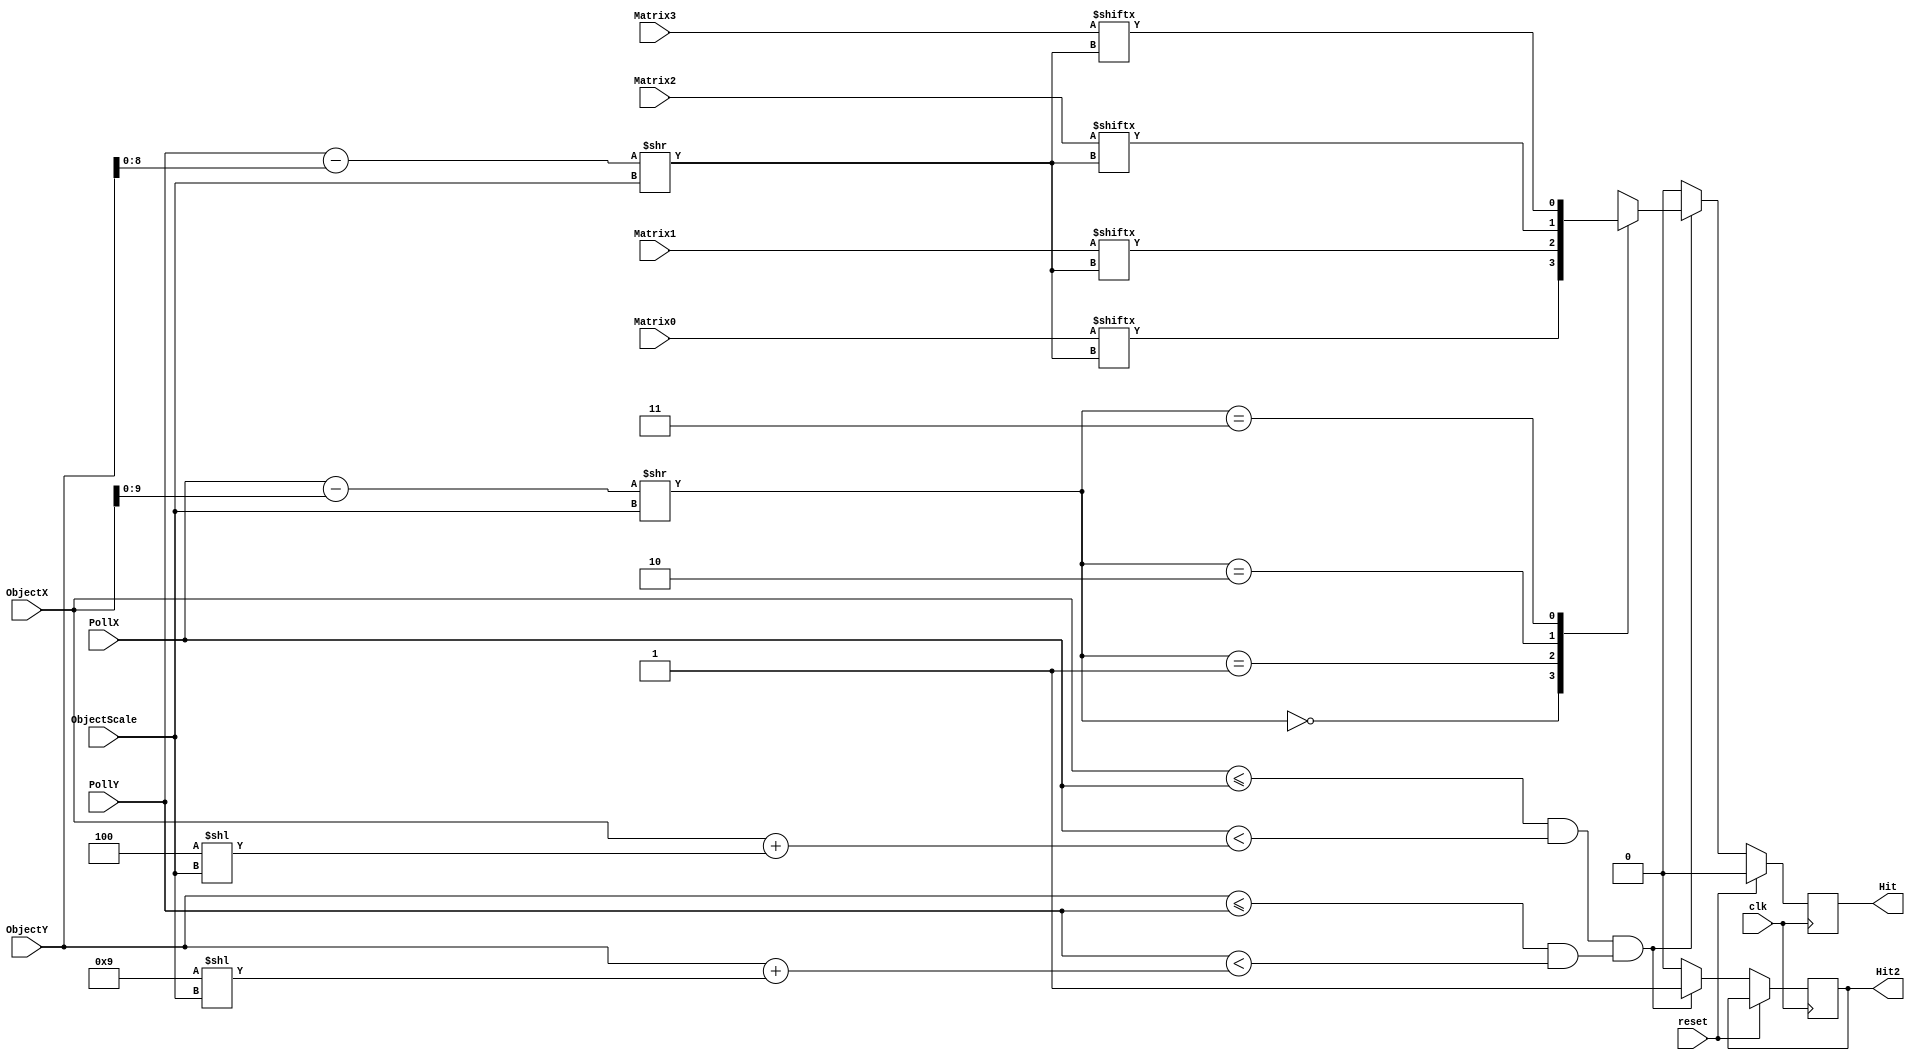
//////////////////////////////////////////////////////////////////////////////////
// Description: 
//		Generates a PWM signal based on switch inputs.
//
// Revision: 		1.0
// Additional Comments: 
//
//////////////////////////////////////////////////////////////////////////////////

`timescale 1ns / 1ps

module display_matrix (
	input clk,
	input reset,
	//input sys_clk,
	input [10:0] ObjectX,		//Object's origin X Coordinate
	input [9:0] ObjectY,		//Object's origin Y Coordinate
	input [3:0] ObjectScale,		//Object's scale factor in powers of 2
	
	input [8:0] Matrix0,	//The 4x9 matrix to display
	input [8:0] Matrix1,
	input [8:0] Matrix2,
	input [8:0] Matrix3,
	
	input [9:0] PollX,			//Position to Poll X Coordinate
	input [8:0] PollY,			//Position to Poll Y Coordinate
	
	output Hit,					//If HIGH, Then Poll Falls Within Object Bounds. Otherwise, LOW
	output Hit2
	);
	
	reg [11:0] ObjectW;
	reg [10:0] ObjectH;
	reg [9:0] TransformedPollX;
	reg [8:0] TransformedPollY;
	reg [1:0] ScaledPollX;
	reg [3:0] ScaledPollY;
	reg hit_out;
	reg hit2_out;
	
	//Get the ADC value from JPorts
	always @ (posedge clk)
	begin
		if(reset)
		begin
			hit_out <= 1'b0;
		end
		else
		begin
			//Calculate this object's width
			ObjectW = 11'd4 << ObjectScale;
			ObjectH = 10'd9 << ObjectScale;
			
			//Check if poll falls within the bounds of this object
			if((ObjectX <= PollX & PollX < ObjectX+ObjectW)&(ObjectY <= PollY & PollY < ObjectY+ObjectH))
				begin
					hit_out <= 1'b0;
					hit2_out <= 1'b1;
					//Scale the polling coords
					TransformedPollX = PollX - ObjectX;
					TransformedPollY = PollY - ObjectY;
					ScaledPollX = TransformedPollX >> ObjectScale;
					ScaledPollY = TransformedPollY >> ObjectScale;
					
					case(ScaledPollX)
						2'b00:	hit_out <= Matrix0[ScaledPollY];
						2'b01:	hit_out <= Matrix1[ScaledPollY];
						2'b10:	hit_out <= Matrix2[ScaledPollY];
						2'b11:	hit_out <= Matrix3[ScaledPollY];
					endcase
				end
			else
				begin
				hit_out <= 1'b0;
				hit2_out <= 1'b0;
			//hit_out <= inArea;
				end
		end
	end
	
	assign Hit = hit_out;
	assign Hit2 = hit2_out;

endmodule